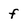
Character: f